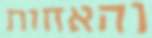
והאחות